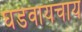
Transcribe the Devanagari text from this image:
घडवायचाय